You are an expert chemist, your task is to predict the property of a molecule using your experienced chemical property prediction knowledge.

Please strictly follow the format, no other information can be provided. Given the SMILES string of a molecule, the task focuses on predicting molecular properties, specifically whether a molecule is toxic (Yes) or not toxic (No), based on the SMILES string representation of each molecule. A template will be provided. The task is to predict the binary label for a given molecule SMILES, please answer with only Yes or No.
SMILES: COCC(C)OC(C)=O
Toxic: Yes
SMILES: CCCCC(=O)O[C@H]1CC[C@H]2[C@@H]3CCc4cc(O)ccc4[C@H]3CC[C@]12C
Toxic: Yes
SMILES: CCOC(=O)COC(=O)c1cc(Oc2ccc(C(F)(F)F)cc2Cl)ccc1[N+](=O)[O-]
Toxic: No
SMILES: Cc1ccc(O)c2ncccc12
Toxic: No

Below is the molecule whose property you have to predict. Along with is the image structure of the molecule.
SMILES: COc1cc(C(=O)OC(COCCC(C)C)CN2CCOCC2)cc(OC)c1OC
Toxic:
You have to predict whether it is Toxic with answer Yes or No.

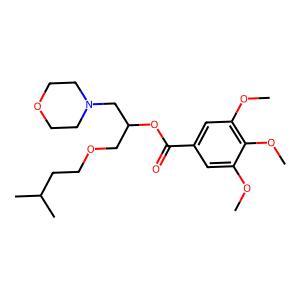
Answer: No